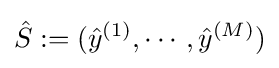
{\hat {S}}:=({\hat {y}}^{(1)},\cdots ,{\hat {y}}^{(M)})